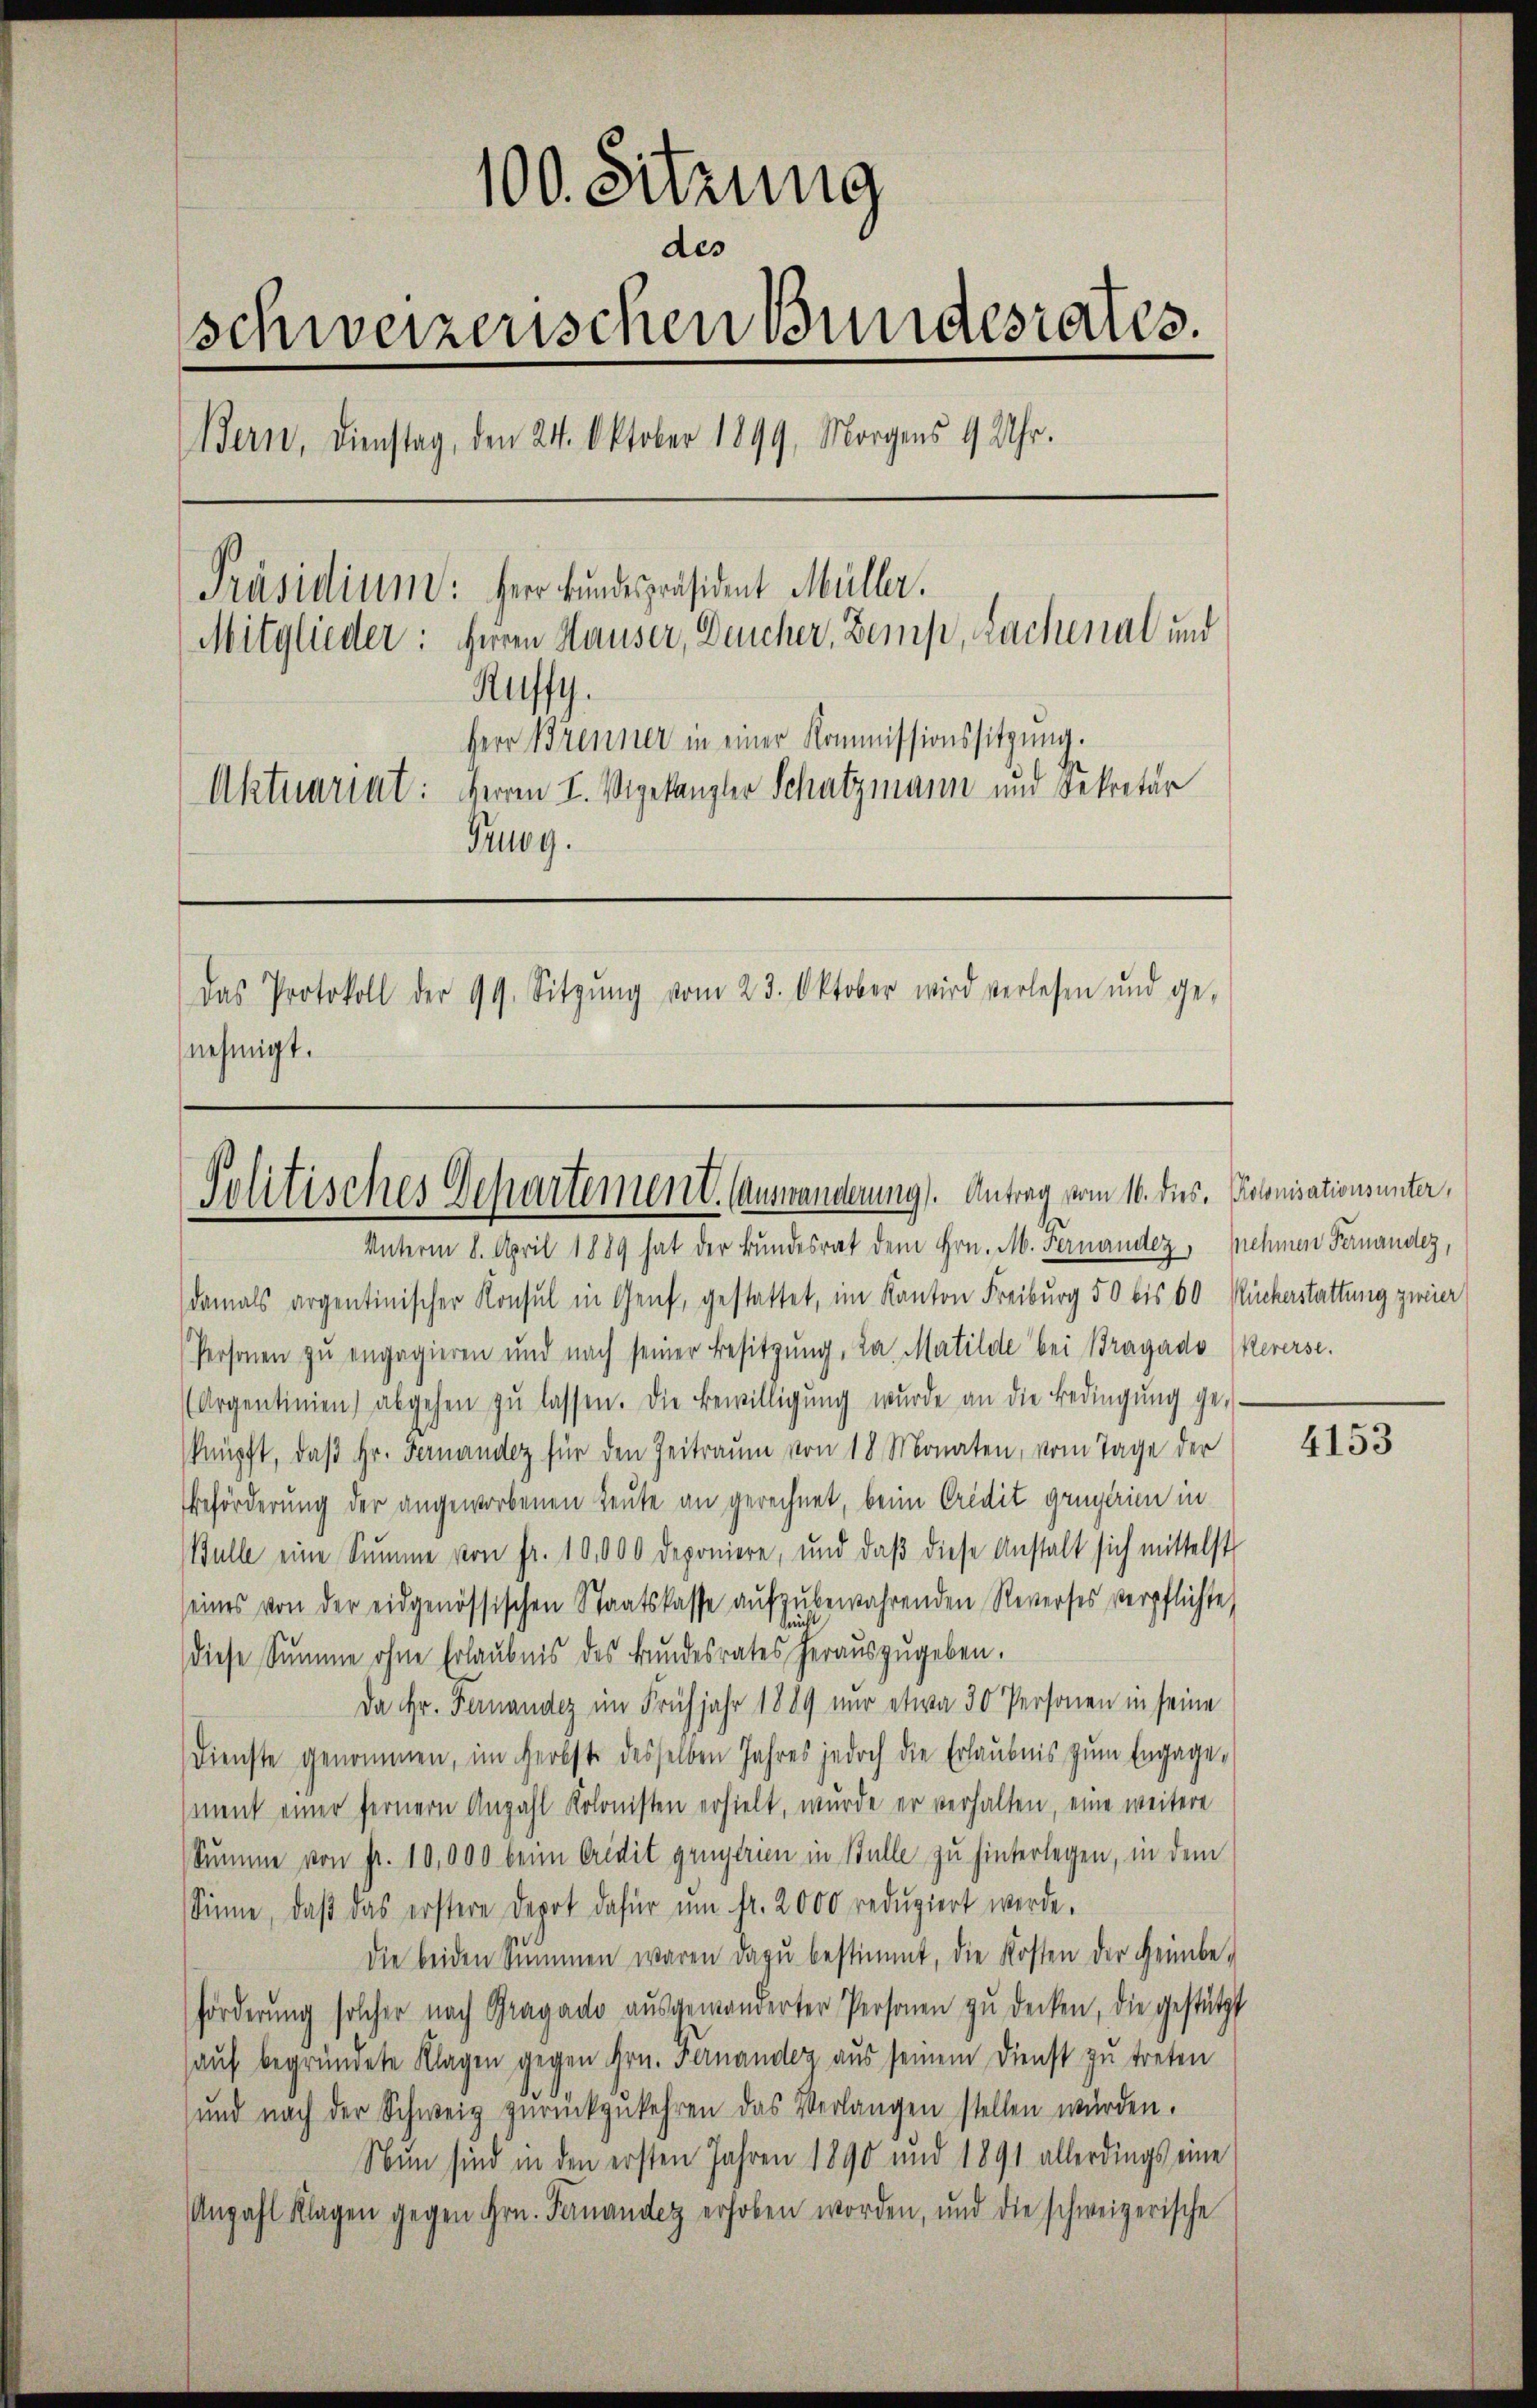
100. Sitzung
des
schweizerischen Bundesrates.
Bern, Dienstag, den 24. Oktober 1899 Morgens 9 Uhr.
Präsidium: Herr Bundespräsident Müller.
Mitglieder: Herrn Hauser, Deucher, Zemp, Lachenal und
Ruffy.
Herr Brenner in einer Kommissionssitzung.
Aktuariat: Herren I. Vigekanzler Schatzmann und Sekretär
Tug.
Das Protokoll der 99. Sitzŭng vom 23. Oktober wird verlesen und ge-
nehmigt.

Politisches Departement. Auswanderung). Antrag vom 16. des Polonisationsunter,
Unterm 8. April 1889 hat der Bundesrat dem Hrn. M. Fernander, nehmen Fernander,

damals argentinischer Konsul in Genf, gestattet, im Kanton Freiburg 50 bis 60 Ruckerstattung zweier
Personen zu engagieren und nach seiner Besitzŭng, da Matilde bei Bragado (Kererse
(Argentinien) abgehen zŭ lassen. Die Bewilligŭng wurde an die Bedingŭng ge-
knüpft, daß Hr. Fernander für den Zeitraum von 18 Monaten, vom Tage der
Beförderung der angeworbenen Leute an gerechnet, beim Credit grüntrie in
Bulle eine Summe von fr. 10,000 deponiere, und daβ diese Anstalt sich mittelst
seines von der eidgenössischen Staatskasse aufzubewahrenden Reverses verpflichte,
diese Summe ohne Erlaubnis des Bŭndesrates heraŭszŭgeben.
Da Hr. Fernander im Frühjahr 1889 nur etwa 30 Personen in seine
Dienste genommen, im Herbste desselben Jahres jedoch die Erlaubnis zum Engage-
ment einer fernern Anzahl Kolonisten erhielt, wurde er verhalten, eine weitere
Summe von fr. 10,000 beim Credit grügteien in Bulle zu hinterlegen, in dem
Sinne, daβ das erstere Depot dafür ŭm fr. 2000 redŭziert werde.
die beiden Summen waren dazŭ bestimmt, die Kosten der Heimbe-
förderŭng solcher nach Gragado aŭsgewanderter Personen zŭ decken, die gestützt
hauf begründete Klagen gegen Hrn. Fernander aus seinem Dienst zu treten
und nach der Schweiz zurückzukehren das Verlangen stellen würden.
Nun sind in den ersten Jahren 1890 und 1891 allerdings eine
Anzahl Klagen gegen Hrn. Finander erhoben worden, und die schweizerische

4153